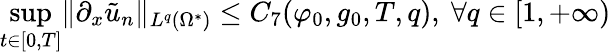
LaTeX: \operatorname*{sup}_{t\in[0,T]}\lVert\partial_{x}\tilde{u}_{n}\rVert_{L^{q}(\Omega^{*})}\leq C_{7}(\varphi_{0},g_{0},T,q),\ \forall q\in[1,+\infty)